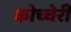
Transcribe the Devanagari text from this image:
कोच्चेरी